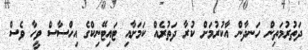
ދަތުރުމަތިން ހަނދާން އާކުރުމަށް ކުރާ ދަތުރެއް ކަމަށާއި ޓައިޓޭނިކްގެ އިހްސާސް ވީހާ ވެސް